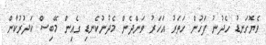
ވެޔޮގަނޑު ހެދުނު ފަހުން ހަތަރު އަހަރު ވަންދެން މެދުނުކެނޑި ގެއިން މޭބިސް ކަދުރުކާން